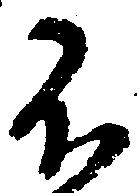
不